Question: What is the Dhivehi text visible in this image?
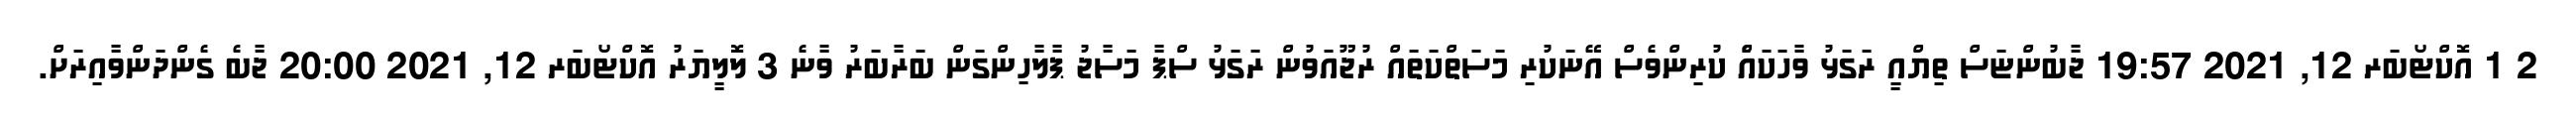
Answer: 2 1 އޮކްޓޯބަރ 12, 2021 19:57 ޖާބުންޏަސް ތިޔްއިީ ރަގަޅު ވާހަކައެް ކުރިންވެސް އޭނަކުރި މަސަތްކަތައް ރުޖޫއަވުން ރަގަޅު ސްޕާ މަސާޖު ޕާލާހިންގަން ބަރާބަރު ވާނެ 3 ލޮލީޔަރު އޮކްޓޯބަރ 12, 2021 20:00 ޖާބެ ގެންދަންވާއިރަށް.